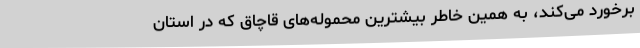
برخورد می‌کند، به همین خاطر بیشترین محموله‌های قاچاق که در استان